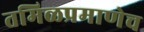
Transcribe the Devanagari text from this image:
तमिळप्रमाणेच